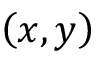
\left( x , y \right)